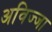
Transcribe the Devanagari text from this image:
अविज्जा